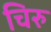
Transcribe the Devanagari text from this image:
चिरु